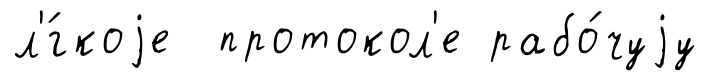
л'́гкоjе протокол'е рабо́чуjу